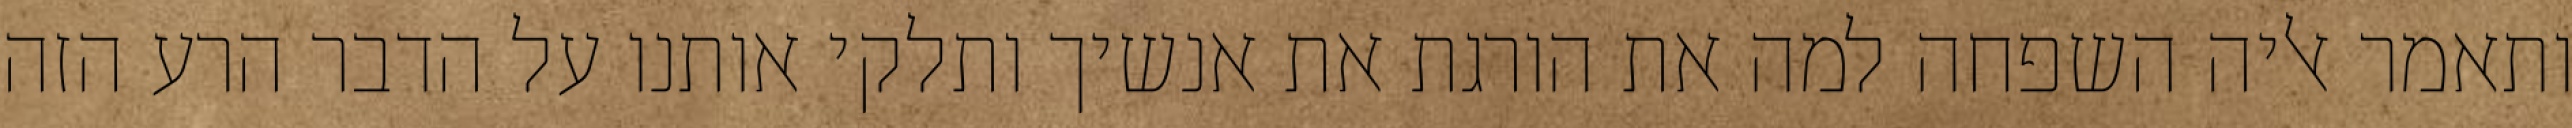
ותאמר אליה השפחה למה את הורגת את אנשיך ותלקי אותנו על הדבר הרע הזה